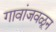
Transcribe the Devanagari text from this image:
गावांजवळून